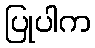
ပြုပါက